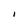
Character: I